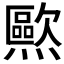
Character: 𰟱